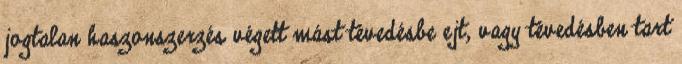
jogtalan haszonszerzés végett mást tévedésbe ejt, vagy tévedésben tart